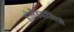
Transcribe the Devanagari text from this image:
होलैंडवासियो